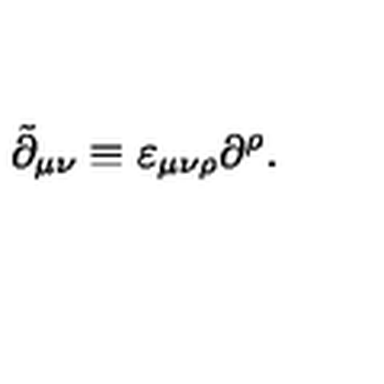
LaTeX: \tilde { \partial } _ { \mu \nu } \equiv \varepsilon _ { \mu \nu \rho } \partial ^ { \rho } .